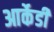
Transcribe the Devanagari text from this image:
आर्केडी